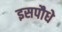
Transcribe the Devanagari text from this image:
इसपौधे